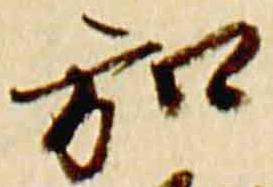
弘